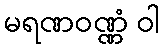
မရဏဝဏ္ဏံ ဝါ